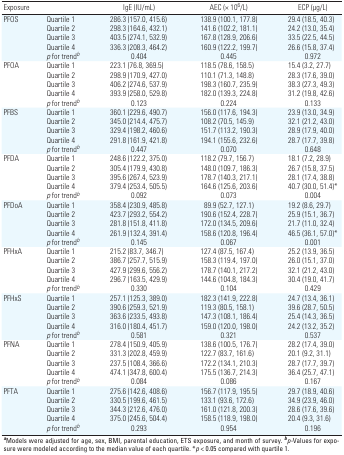
<table><thead><tr><td><b>Exposure</b></td><td></td><td><b>IgE (IU/mL)</b></td><td><b>AEC (× 106/L)</b></td><td><b>ECP (μg/L)</b></td></tr></thead><tbody><tr><td>PFOS</td><td>Quartile 1</td><td>286.3 (157.0, 415.6)</td><td>138.9 (100.1, 177.8)</td><td>29.4 (18.5, 40.3)</td></tr><tr><td></td><td>Quartile 2</td><td>298.3 (164.6, 432.1)</td><td>141.6 (102.2, 181.1)</td><td>24.2 (13.0, 35.4)</td></tr><tr><td></td><td>Quartile 3</td><td>403.5 (274.1, 532.9)</td><td>167.8 (128.9, 206.6)</td><td>33.5 (22.5, 44.5)</td></tr><tr><td></td><td>Quartile 4</td><td>336.3 (208.3, 464.2)</td><td>160.9 (122.2, 199.7)</td><td>26.6 (15.8, 37.4)</td></tr><tr><td></td><td>p for trendb</td><td>0.404</td><td>0.445</td><td>0.972</td></tr><tr><td>PFOA</td><td>Quartile 1</td><td>223.1 (76.8, 369.5)</td><td>118.5 (78.6, 158.5)</td><td>15.4 (3.2, 27.7)</td></tr><tr><td></td><td>Quartile 2</td><td>298.9 (170.9, 427.0)</td><td>110.1 (71.3, 148.8)</td><td>28.3 (17.6, 39.0)</td></tr><tr><td></td><td>Quartile 3</td><td>406.2 (274.6, 537.9)</td><td>198.3 (160.7, 235.9)</td><td>38.3 (27.3, 49.3)</td></tr><tr><td></td><td>Quartile 4</td><td>393.9 (258.0, 529.8)</td><td>182.0 (139.3, 224.8)</td><td>31.2 (19.8, 42.6)</td></tr><tr><td></td><td>p for trendb</td><td>0.123</td><td>0.224</td><td>0.133</td></tr><tr><td>PFBS</td><td>Quartile 1</td><td>360.1 (229.6, 490.7)</td><td>156.0 (117.6, 194.3)</td><td>23.9 (13.0, 34.9)</td></tr><tr><td></td><td>Quartile 2</td><td>345.0 (214.4, 475.7)</td><td>108.2 (70.5, 145.9)</td><td>32.1 (21.2, 43.0)</td></tr><tr><td></td><td>Quartile 3</td><td>329.4 (198.2, 460.6)</td><td>151.7 (113.2, 190.3)</td><td>28.9 (17.9, 40.0)</td></tr><tr><td></td><td>Quartile 4</td><td>291.8 (161.9, 421.8)</td><td>194.1 (155.6, 232.6)</td><td>28.7 (17.7, 39.8)</td></tr><tr><td></td><td>p for trendb</td><td>0.447</td><td>0.070</td><td>0.648</td></tr><tr><td>PFDA</td><td>Quartile 1</td><td>248.6 (122.2, 375.0)</td><td>118.2 (79.7, 156.7)</td><td>18.1 (7.2, 28.9)</td></tr><tr><td></td><td>Quartile 2</td><td>305.4 (179.9, 430.8)</td><td>148.0 (109.7, 186.3)</td><td>26.7 (15.8, 37.5)</td></tr><tr><td></td><td>Quartile 3</td><td>395.6 (267.4, 523.9)</td><td>178.7 (140.3, 217.1)</td><td>28.1 (17.4, 38.8)</td></tr><tr><td></td><td>Quartile 4</td><td>379.4 (253.4, 505.5)</td><td>164.6 (125.6, 203.6)</td><td>40.7 (30.0, 51.4)*</td></tr><tr><td></td><td>p for trendb</td><td>0.092</td><td>0.073</td><td>0.004</td></tr><tr><td>PFDoA</td><td>Quartile 1</td><td>358.4 (230.9, 485.8)</td><td>89.9 (52.7, 127.1)</td><td>19.2 (8.6, 29.7)</td></tr><tr><td></td><td>Quartile 2</td><td>423.7 (293.2, 554.2)</td><td>190.6 (152.4, 228.7)</td><td>25.9 (15.1, 36.7)</td></tr><tr><td></td><td>Quartile 3</td><td>281.8 (151.8, 411.8)</td><td>172.0 (134.5, 209.6)</td><td>21.7 (11.0, 32.4)</td></tr><tr><td></td><td>Quartile 4</td><td>261.9 (132.4, 391.4)</td><td>158.6 (120.8, 196.4)</td><td>46.5 (36.1, 57.0)*</td></tr><tr><td></td><td>p for trendb</td><td>0.145</td><td>0.067</td><td>0.001</td></tr><tr><td>PFHxA</td><td>Quartile 1</td><td>215.2 (83.7, 346.7)</td><td>127.4 (87.5, 167.4)</td><td>25.2 (13.9, 36.5)</td></tr><tr><td></td><td>Quartile 2</td><td>386.7 (257.7, 515.9)</td><td>158.3 (119.4, 197.0)</td><td>26.0 (15.1, 37.0)</td></tr><tr><td></td><td>Quartile 3</td><td>427.9 (299.6, 556.2)</td><td>178.7 (140.1, 217.2)</td><td>32.1 (21.2, 43.0)</td></tr><tr><td></td><td>Quartile 4</td><td>296.7 (163.5, 429.9)</td><td>144.6 (104.8, 184.3)</td><td>30.4 (19.0, 41.7)</td></tr><tr><td></td><td>p for trendb</td><td>0.330</td><td>0.104</td><td>0.429</td></tr><tr><td>PFHxS</td><td>Quartile 1</td><td>257.1 (125.3, 389.0)</td><td>182.3 (141.9, 222.8)</td><td>24.7 (13.4, 36.1)</td></tr><tr><td></td><td>Quartile 2</td><td>390.6 (259.3, 521.9)</td><td>119.3 (80.5, 158.1)</td><td>39.6 (28.7, 50.5)</td></tr><tr><td></td><td>Quartile 3</td><td>363.6 (233.5, 493.8)</td><td>147.3 (108.1, 186.4)</td><td>25.4 (14.3, 36.5)</td></tr><tr><td></td><td>Quartile 4</td><td>316.0 (180.4, 451.7)</td><td>159.0 (120.0, 198.0)</td><td>24.2 (13.2, 35.2)</td></tr><tr><td></td><td>p for trendb</td><td>0.581</td><td>0.321</td><td>0.537</td></tr><tr><td>PFNA</td><td>Quartile 1</td><td>278.4 (150.9, 405.9)</td><td>138.6 (100.5, 176.7)</td><td>28.2 (17.4, 39.0)</td></tr><tr><td></td><td>Quartile 2</td><td>331.3 (202.8, 459.9)</td><td>122.7 (83.7, 161.6)</td><td>20.1 (9.2, 31.1)</td></tr><tr><td></td><td>Quartile 3</td><td>237.5 (108.4, 366.6)</td><td>172.2 (134.1, 210.3)</td><td>28.7 (17.7, 39.7)</td></tr><tr><td></td><td>Quartile 4</td><td>474.1 (347.8, 600.4)</td><td>175.5 (136.7, 214.3)</td><td>36.4 (25.7, 47.1)</td></tr><tr><td></td><td>p for trendb</td><td>0.084</td><td>0.086</td><td>0.167</td></tr><tr><td>PFTA</td><td>Quartile 1</td><td>275.6 (142.6, 408.6)</td><td>156.7 (117.9, 195.5)</td><td>29.7 (18.9, 40.6)</td></tr><tr><td></td><td>Quartile 2</td><td>330.5 (199.6, 461.5)</td><td>133.1 (93.6, 172.6)</td><td>34.9 (23.9, 46.0)</td></tr><tr><td></td><td>Quartile 3</td><td>344.3 (212.6, 476.0)</td><td>161.0 (121.8, 200.3)</td><td>28.6 (17.6, 39.6)</td></tr><tr><td></td><td>Quartile 4</td><td>375.0 (245.6, 504.4)</td><td>158.5 (118.9, 198.0)</td><td>20.4 (9.3, 31.6)</td></tr><tr><td></td><td>p for trendb</td><td>0.293</td><td>0.954</td><td>0.196</td></tr><tr><td colspan="5">aModels were adjusted for age, sex, BMI, parental education,ETS exposure, and month of survey. bp‐Values for exposure were modeledaccording to the median value of each quartile. *p &lt; 0.05 comparedwith quartile 1.</td></tr></tbody></table>